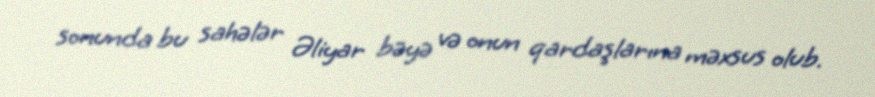
sonunda bu sahələr Əliyar bəyə və onun qardaşlarına məxsus olub.